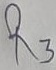
Text: R3